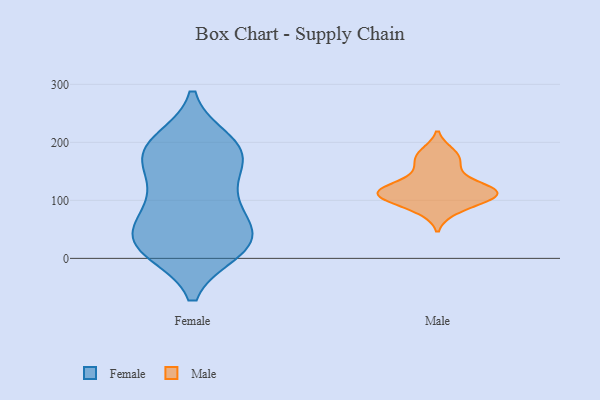
{"axis": {"x": "Budget (USD K)", "y": "Value"}, "legend": ["Female", "Male"], "data": [{"x": "", "y": 178, "type": "Female"}, {"x": "", "y": 188, "type": "Female"}, {"x": "", "y": 103, "type": "Female"}, {"x": "", "y": 29, "type": "Female"}, {"x": "", "y": 47, "type": "Female"}, {"x": "", "y": 106, "type": "Female"}, {"x": "", "y": 15, "type": "Female"}, {"x": "", "y": 92, "type": "Female"}, {"x": "", "y": 23, "type": "Female"}, {"x": "", "y": 184, "type": "Female"}, {"x": "", "y": 19, "type": "Female"}, {"x": "", "y": 181, "type": "Female"}, {"x": "", "y": 48, "type": "Female"}, {"x": "", "y": 164, "type": "Female"}, {"x": "", "y": 200, "type": "Female"}, {"x": "", "y": 25, "type": "Female"}, {"x": "", "y": 118, "type": "Male"}, {"x": "", "y": 83, "type": "Male"}, {"x": "", "y": 100, "type": "Male"}, {"x": "", "y": 116, "type": "Male"}, {"x": "", "y": 147, "type": "Male"}, {"x": "", "y": 182, "type": "Male"}, {"x": "", "y": 117, "type": "Male"}, {"x": "", "y": 112, "type": "Male"}, {"x": "", "y": 170, "type": "Male"}, {"x": "", "y": 110, "type": "Male"}]}